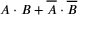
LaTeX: A \cdot B + { \overline { { A } } } \cdot { \overline { { B } } }